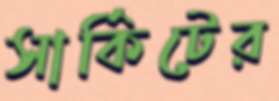
সার্কিটের